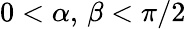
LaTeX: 0<\alpha,\, \beta<\pi/2